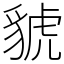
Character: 䝞